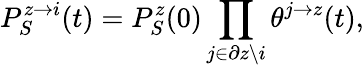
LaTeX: P_{S}^{z\rightarrow i}(t)=P_{S}^{z}(0)\prod_{j\in\partial z\backslash i}\theta^{j\rightarrow z}(t),